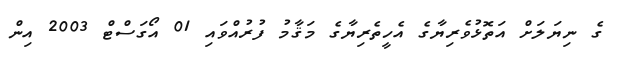
ގެ ނިޔަލަށް އަތޮޅުވެރިޔާގެ އެހީތެރިޔާގެ މަޤާމު ފުރުއްވައި 01 އޯގަސްޓް 2003 އިން